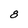
Character: 8